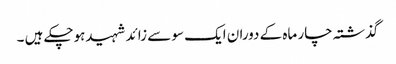
گذشتہ چار ماہ کے دوران ایک سو سے زائد شہیدہوچکے ہیں ۔